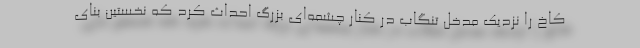
کاخ را نزدیک مدخل تنگاب در کنار چشمه‌ای بزرگ احداث کرد که نخستین بنای